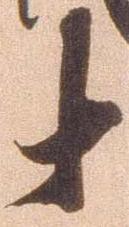
十